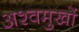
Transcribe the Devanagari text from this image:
अश्वमुखों